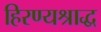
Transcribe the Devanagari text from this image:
हिरण्यश्राद्ध